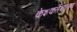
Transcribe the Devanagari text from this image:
केशकर्तनालय